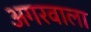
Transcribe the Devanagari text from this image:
अगरवाला